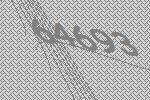
64693